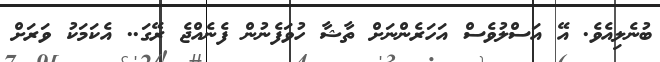
ބުނެލިއެވެ. އޭ އަސްލުވެސް އަހަރެންނަށް ތާޝާ ހުވަފެނުން ފެނެއްޖެ ރޭގަ.. އެކަމަކު ވަރަށް